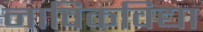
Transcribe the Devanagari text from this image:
नाविकविद्या